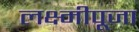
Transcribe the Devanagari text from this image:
लक्ष्मीपूजा